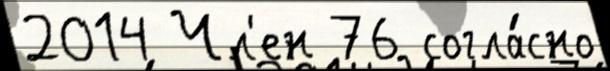
2014 Чл'ен 76 согла́сно